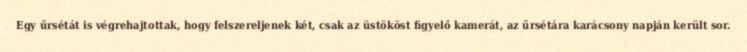
Egy űrsétát is végrehajtottak, hogy felszereljenek két, csak az üstököst figyelő kamerát, az űrsétára karácsony napján került sor.